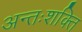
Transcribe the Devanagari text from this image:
अन्तःशक्ति